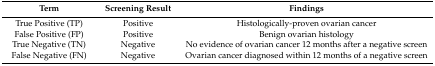
| Term | Screening Result | Findings |
 | --- | --- | --- |
 | True Positive (TP) | Positive | Histologically-proven ovarian cancer |
 | False Positive (FP) | Positive | Benign ovarian histology |
 | True Negative (TN) | Negative | No evidence of ovarian cancer 12 months after a negative screen |
 | False Negative (FN) | Negative | Ovarian cancer diagnosed within 12 months of a negative screen |